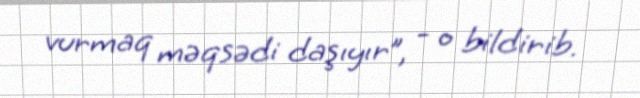
vurmaq məqsədi daşıyır”, - o bildirib.